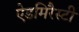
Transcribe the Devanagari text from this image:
ऐडमिरैस्टी